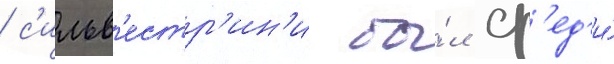
/ с'ильв'естр'ин'и бы́л ср'ед'и́